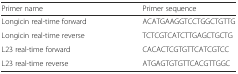
| Primer name | Primer sequence |
 | --- | --- |
 | Longicin real-time forward | ACATGAAGGTCCTGGCTGTTG |
 | Longicin real-time reverse | TCTCGTCATCTTGAGCTGCTG |
 | L23 real-time forward | CACACTCGTGTTCATCGTCC |
 | L23 real-time reverse | ATGAGTGTGTTCACGTTGGC |